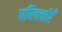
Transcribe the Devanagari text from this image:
परिचर्चाएँ